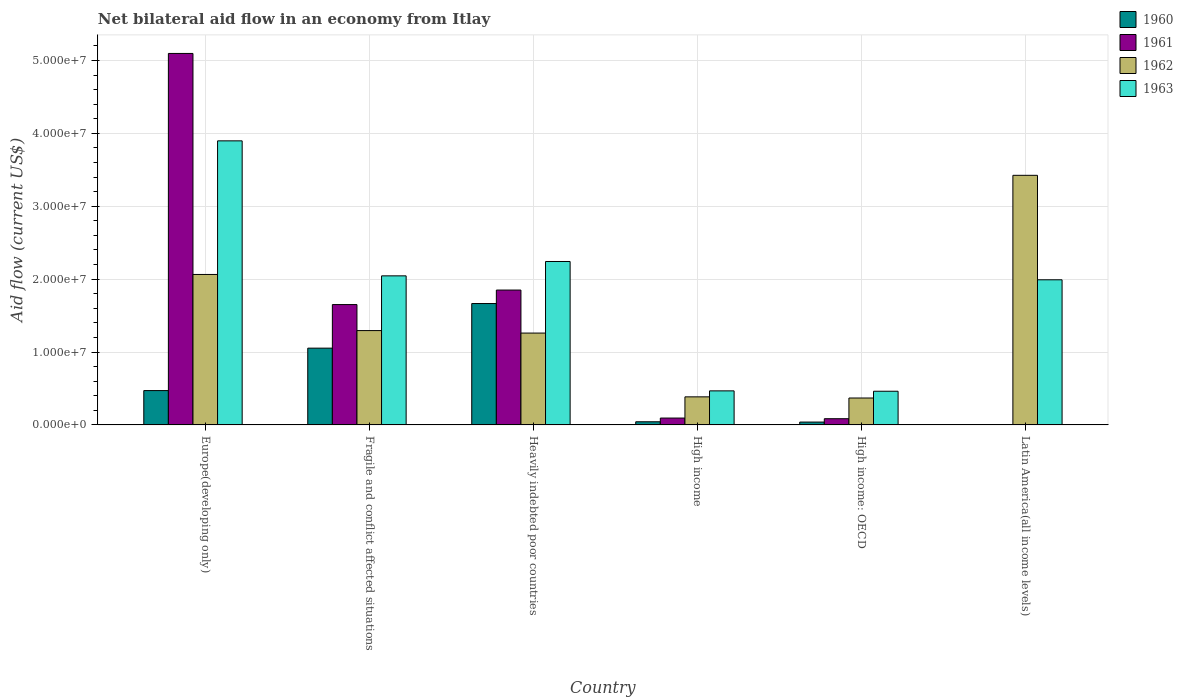
| Country | 1960 | 1961 | 1962 | 1963 |
 | --- | --- | --- | --- | --- |
 | Europe(developing only) | 4.71e+06 | 5.1e+07 | 2.06e+07 | 3.9e+07 |
 | Fragile and conflict affected situations | 1.05e+07 | 1.65e+07 | 1.29e+07 | 2.04e+07 |
 | Heavily indebted poor countries | 1.66e+07 | 1.85e+07 | 1.26e+07 | 2.24e+07 |
 | High income | 4.3e+05 | 9.4e+05 | 3.85e+06 | 4.67e+06 |
 | High income: OECD | 3.9e+05 | 8.5e+05 | 3.69e+06 | 4.62e+06 |
 | Latin America(all income levels) | -1.2e+06 | -4.8e+06 | 3.42e+07 | 1.99e+07 |